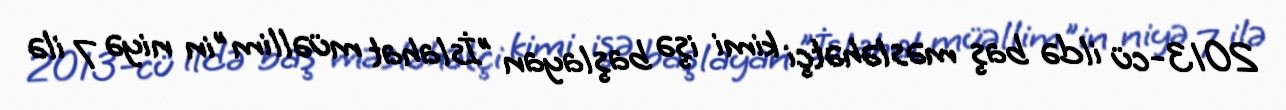
2013-cü ildə baş məsləhətçi kimi işə başlayan "İslahat müəllim"in niyə 7 ilə